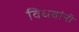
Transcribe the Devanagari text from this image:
विधवांनी